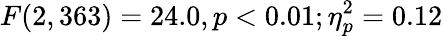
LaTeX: F(2,363)=24.0,p<0.01;\eta_{p}^{2}=0.12